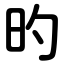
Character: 旳